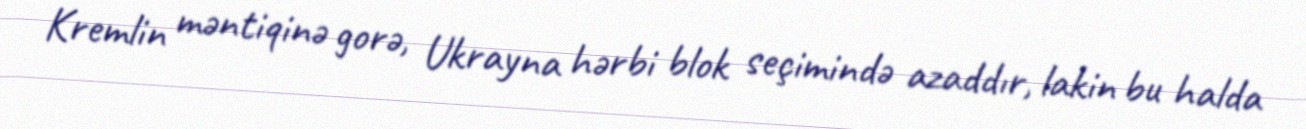
Kremlin məntiqinə gorə, Ukrayna hərbi blok seçimində azaddır, lakin bu halda